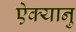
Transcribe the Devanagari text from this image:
ऐक्यानु